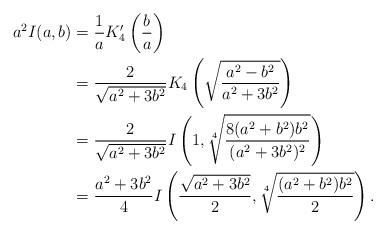
LaTeX: \begin{align*}a^2I(a,b)&=\frac1a K_4'\left(\frac{b}{a}\right)\\&=\frac{2}{\sqrt{a^2+3b^2}}K_4\left(\sqrt{\frac{a^2-b^2}{a^2+3b^2}}\right)\\&=\frac{2}{\sqrt{a^2+3b^2}}I\left(1,\sqrt[4]{\frac{8(a^2+b^2)b^2}{(a^2+3b^2)^2}}\right)\\&=\frac{a^2+3b^2}{4}I\left(\frac{\sqrt{a^2+3b^2}}{2},\sqrt[4]{\frac{(a^2+b^2)b^2}{2}}\right).\end{align*}